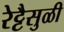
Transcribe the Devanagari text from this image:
रेट्टैसुळी